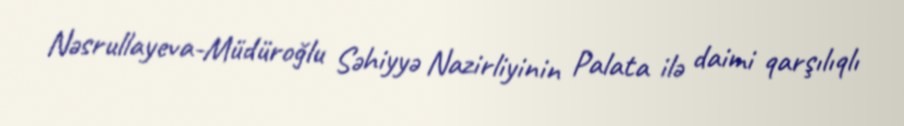
Nəsrullayeva-Müdüroğlu Səhiyyə Nazirliyinin Palata ilə daimi qarşılıqlı